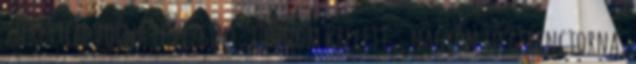
szerettem volna levezetni, jönnöm kellett ., nagyon jó gerinctorna,